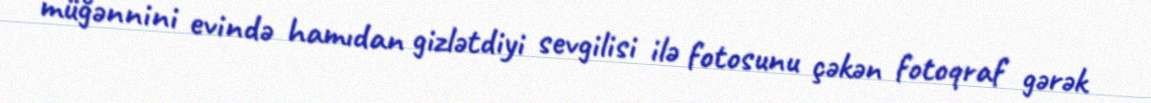
müğənnini evində hamıdan gizlətdiyi sevgilisi ilə fotosunu çəkən fotoqraf gərək